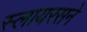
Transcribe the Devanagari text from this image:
स्लायरसने